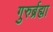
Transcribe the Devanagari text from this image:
गुरुर्ब्रह्मा